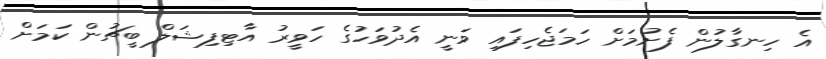
އެ ހިނގާލުން ފެށުމަށް ހަމަޖެހިފައި ވަނީ އެދުވަހުގެ ހަވީރު އާޓިފިޝަލް ބީޗުން ކަމަށް